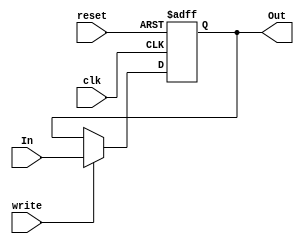
module Registor #(parameter w=16)(

	input write,
	input reset,
	input clk,
	input [w-1:0] In,
	output [w-1:0] Out

);
//to save the input values in reg
reg [w-1:0] regis;

always @(posedge clk, posedge reset)
begin 
	if (reset)
		regis<=0;
	else if (write)
		regis<=In;

end
assign Out= regis;

endmodule